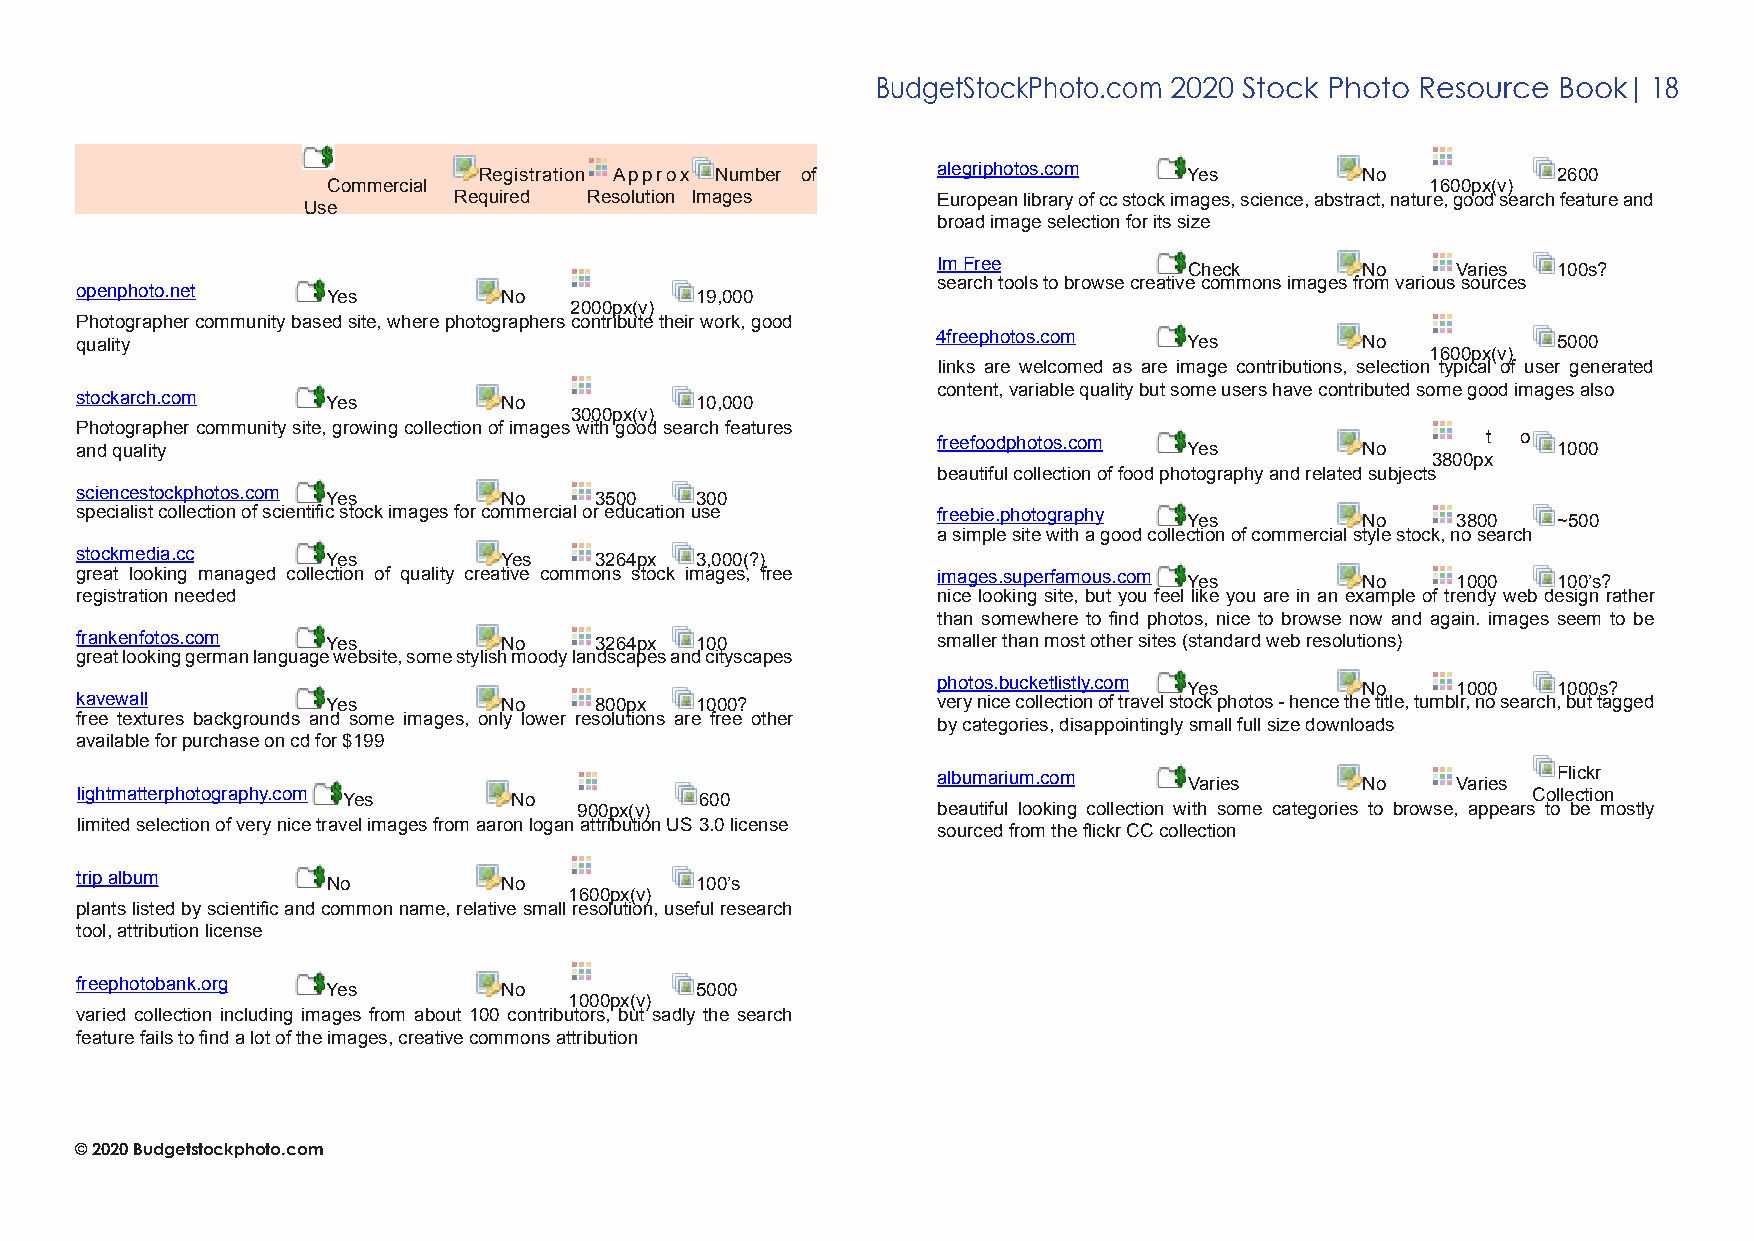
BudgetStockPhoto.com 2020 Stock Photo Resource Book| 18
 Registration Approx Number of alegriphotos.com Yes        No           2600
 Commercial                                                               1600px(v)
 Required Resolution Images      European library of cc stock images, science, abstract, nature, good search feature and
 Use
 broad image selection for its size
 Im Free          Check      No    Varies 100s?
 search tools to browse creative commons images from various sources
 openphoto.net    Yes        No           19,000
 2000px(v)
 Photographer community based site, where photographers contribute their work, good
 quality                                                  4freephotos.com  Yes        No           5000
 1600px(v)
 links are welcomed as are image contributions, selection typical of user generated
 content, variable quality but some users have contributed some good images also
 stockarch.com    Yes        No           10,000
 3000px(v)
 Photographer community site, growing collection of images with good search features
 and quality                                              freefoodphotos.com Yes      No      t  o 1000
 3800px
 beautiful collection of food photography and related subjects
 sciencestockphotos.com Yes  No    3500   300
 specialist collection of scientific stock images for commercial or education use freebie.photography Yes No 3800 ~500
 a simple site with a good collection of commercial style stock, no search
 stockmedia.cc    Yes        Yes   3264px 3,000(?)
 great looking managed collection of quality creative commons stock images, free images.superfamous.com Yes No 1000 100’s?
 registration needed                                      nice looking site, but you feel like you are in an example of trendy web design rather
 than somewhere to find photos, nice to browse now and again. images seem to be
 frankenfotos.com Yes        No    3264px 100             smaller than most other sites (standard web resolutions)
 great looking german language website, some stylish moody landscapes and cityscapes
 photos.bucketlistly.com Yes No    1000   1000s?
 kavewall         Yes        No    800px  1000?           very nice collection of travel stock photos - hence the title, tumblr, no search, but tagged
 free textures backgrounds and some images, only lower resolutions are free other
 by categories, disappointingly small full size downloads
 available for purchase on cd for $199
 albumarium.com   Varies     No    Varies Flickr
 lightmatterphotography.com Yes No        600                                                    Collection
 900px(v)                beautiful looking collection with some categories to browse, appears to be mostly
 limited selection of very nice travel images from aaron logan attribution US 3.0 license
 sourced from the flickr CC collection
 trip album       No         No           100’s
 1600px(v)
 plants listed by scientific and common name, relative small resolution, useful research
 tool, attribution license
 freephotobank.org Yes       No           5000
 1000px(v)
 varied collection including images from about 100 contributors, but sadly the search
 feature fails to find a lot of the images, creative commons attribution
 © 2020 Budgetstockphoto.com